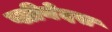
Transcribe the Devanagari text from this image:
प्लीयेदस